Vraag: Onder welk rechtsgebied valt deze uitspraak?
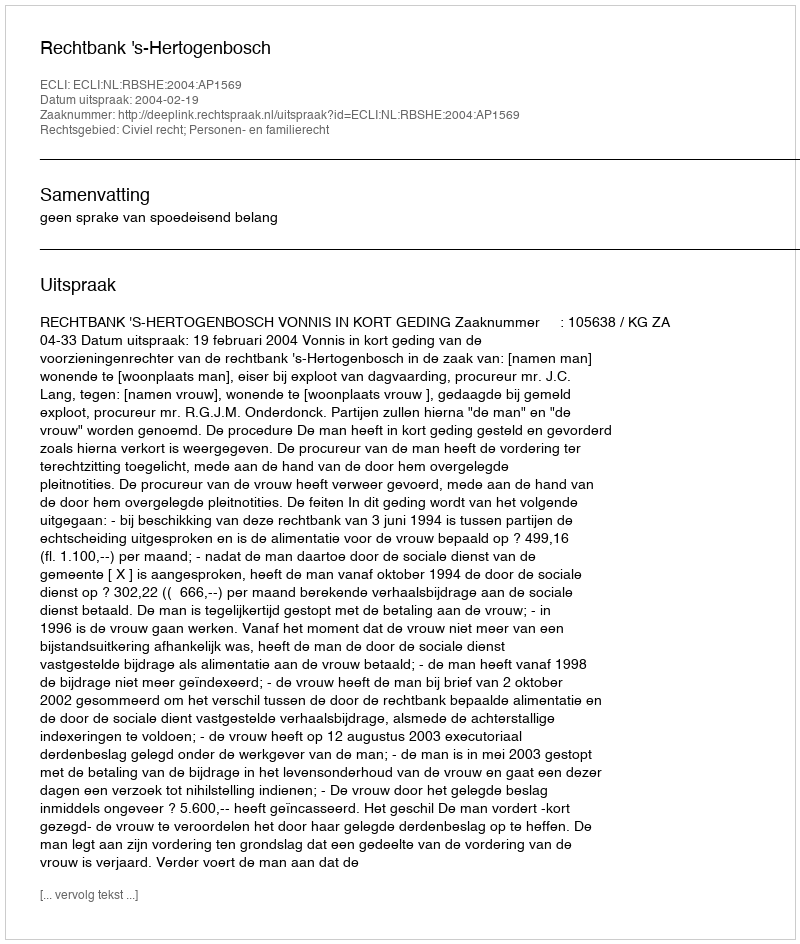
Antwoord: Civiel recht; Personen- en familierecht